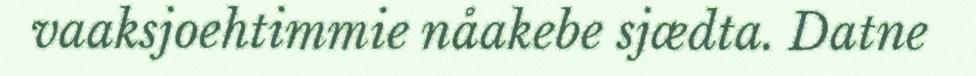
vaaksjoehtimmie nåakebe sjædta. Datne